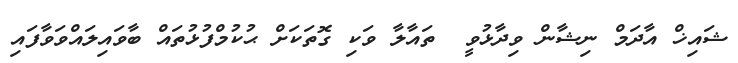
ޝައިޚް އާދަމް ނިޝާން ވިދާޅުވީ  ތައާލާ ވަކި ގޮތަކަށް ޙުކުމްފުޅުތައް ބާވައިލައްވަވާފައި